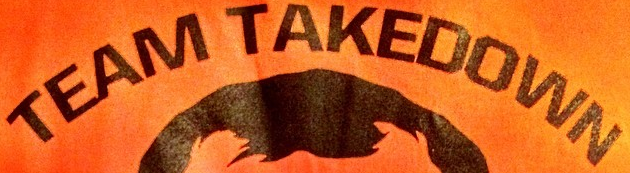
TEAM TAKEDOWN